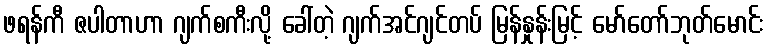
ဖရန်ကီ ဇပါတာဟာ ဂျက်စကီးလို့ ခေါ်တဲ့ ဂျက်အင်ဂျင်တပ် မြန်နှုန်းမြင့် မော်တော်ဘုတ်မောင်း